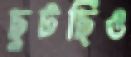
ছুটছিও